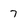
Character: 7